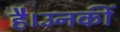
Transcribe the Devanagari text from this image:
है।उनकीं